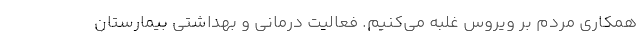
همکاری مردم بر ویروس غلبه می‌کنیم. فعالیت درمانی و بهداشتی بیمارستان